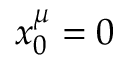
x _ { 0 } ^ { \mu } = 0